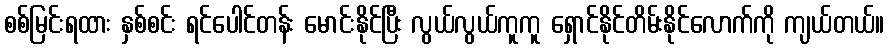
စစ်မြင်းရထား နှစ်စင်း ရင်ပေါင်တန်း မောင်းနိုင်ပြီး လွယ်လွယ်ကူကူ ရှောင်နိုင်တိမ်းနိုင်လောက်ကို ကျယ်တယ်။